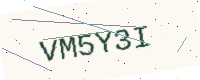
Text: VM5Y3I